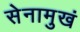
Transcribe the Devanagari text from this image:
सेनामुखं